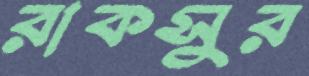
রাকসুর